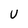
Character: U